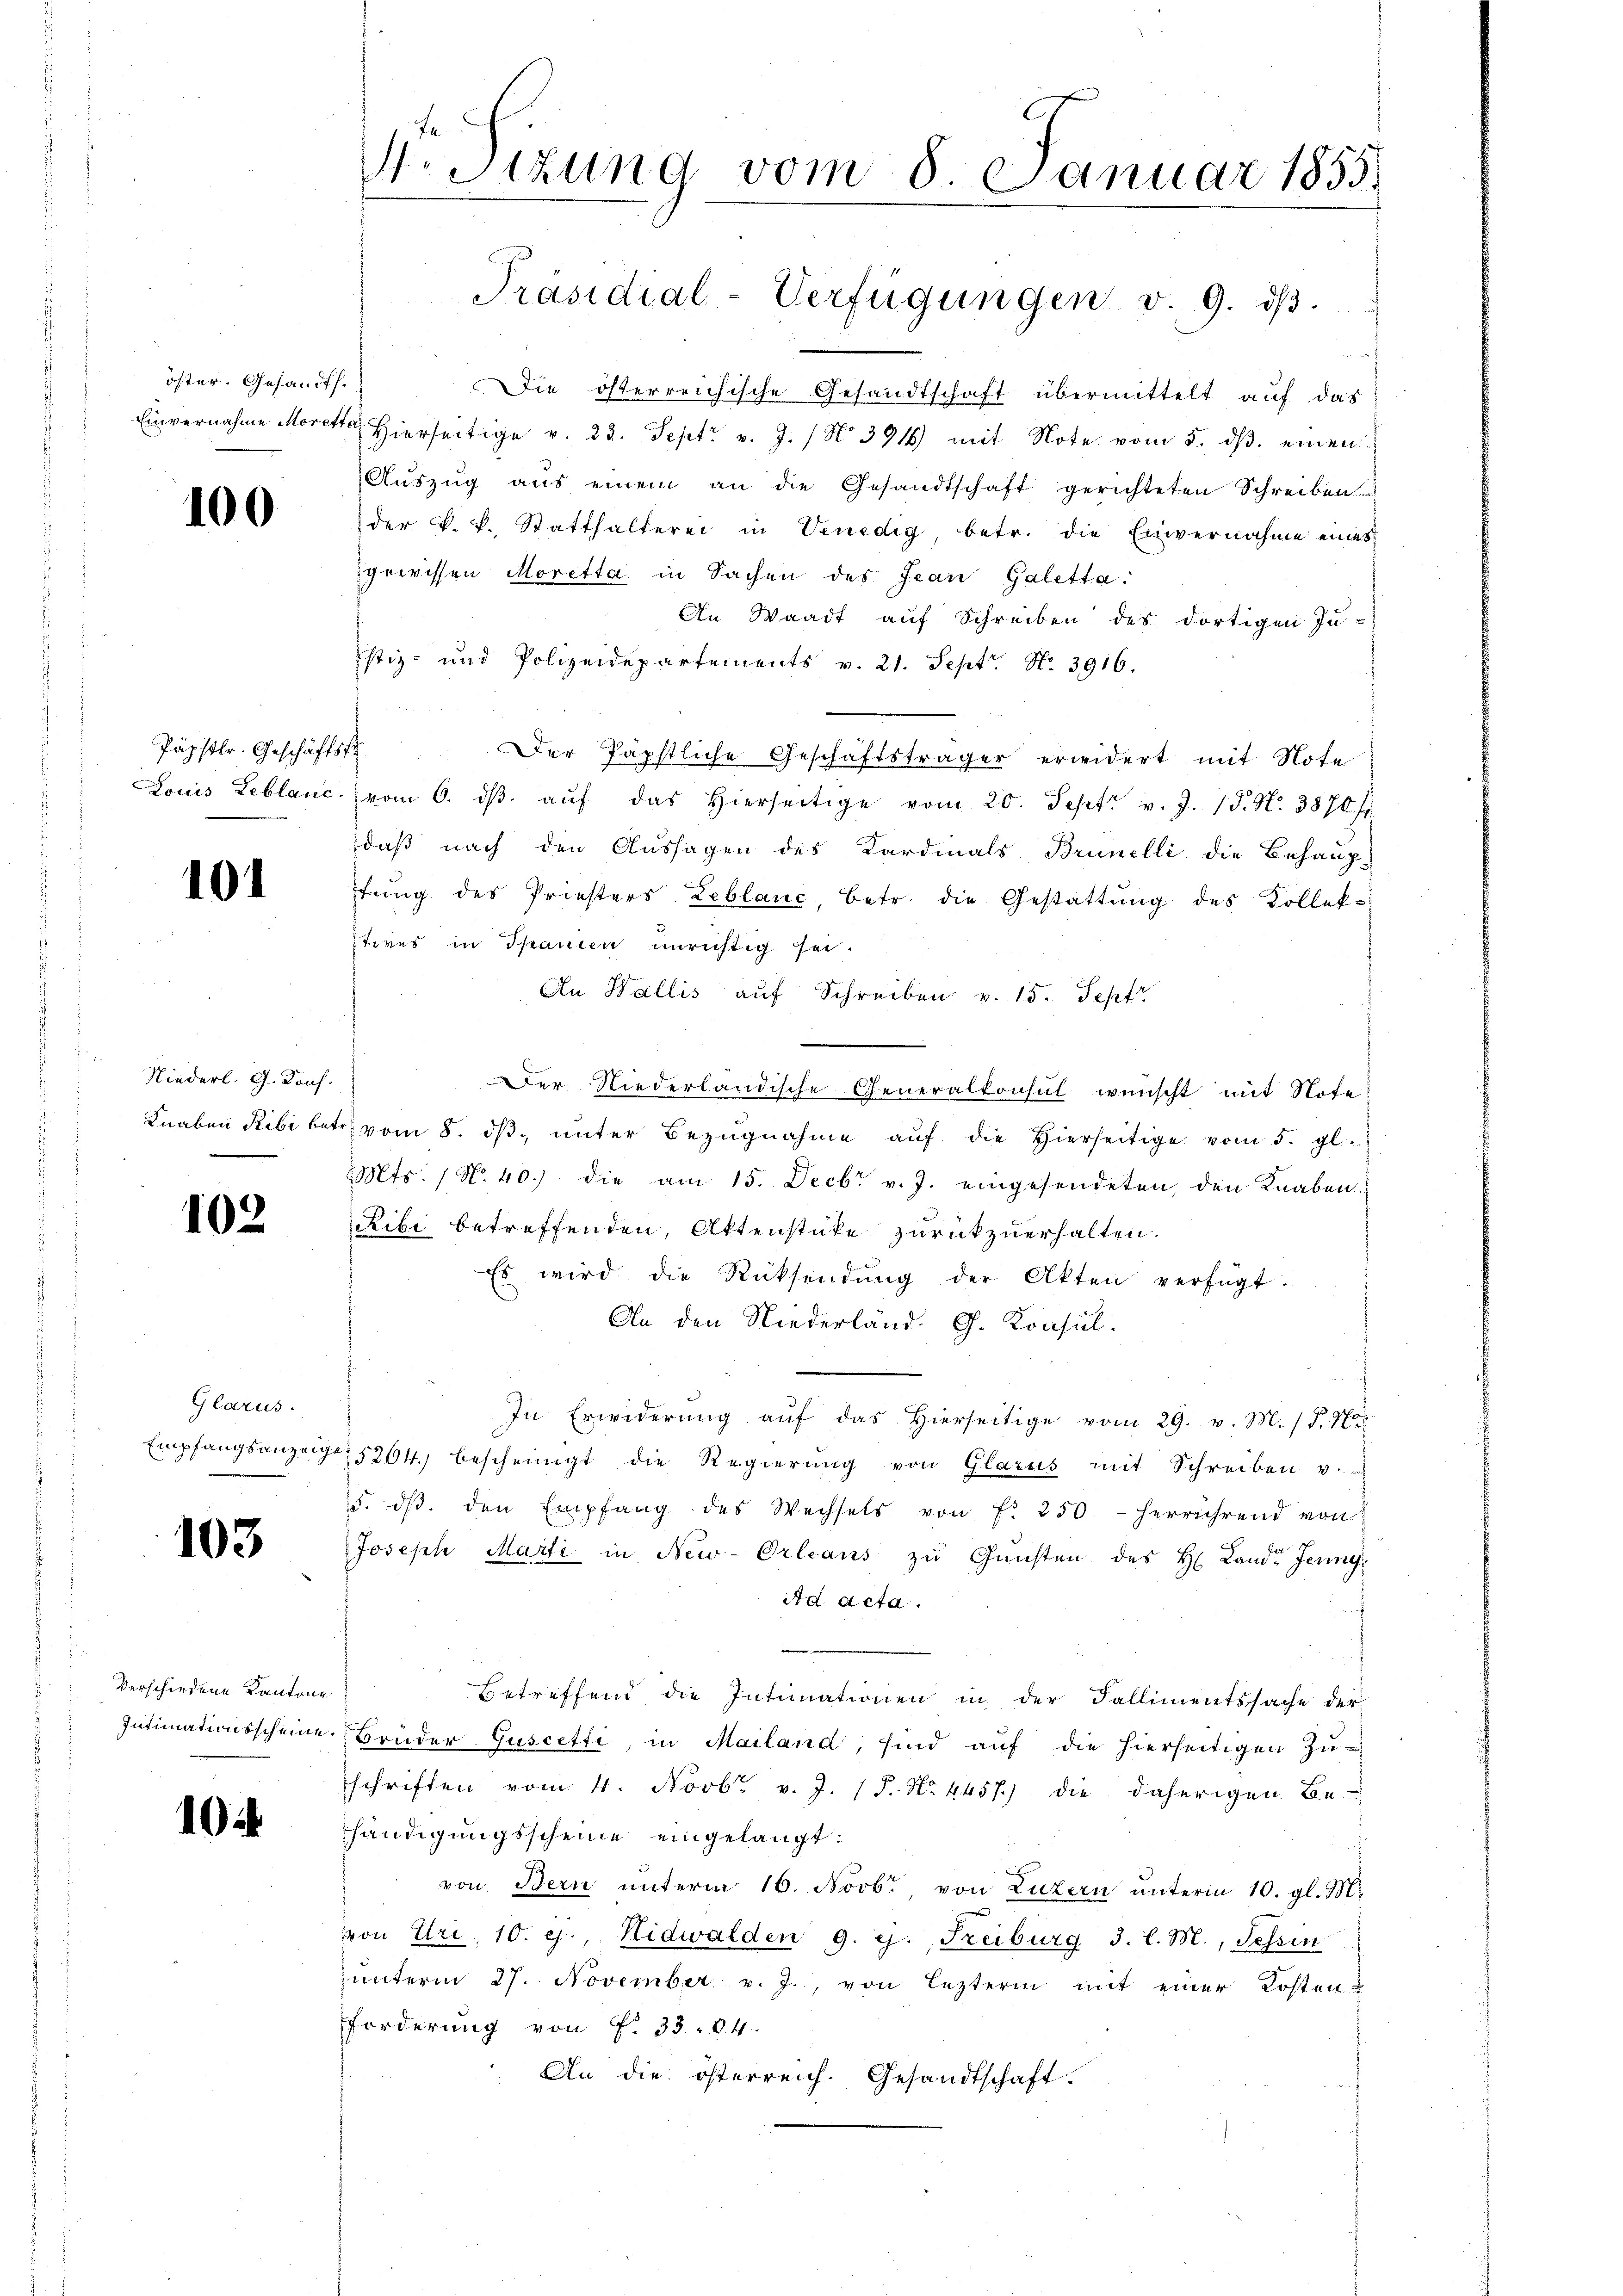
öster. Gesandts.

100

101

Niederl. G. Konf.

102

Glarus.

103

Verschiedene Kantone

10

Sizung vom 8. Januar 1855.

Die österreichische Gesandtschaft übermittelt auf das
Einvernahme Moretta hierseitige v. 23. Sept. v. J. / No. 3716) mit Note vom 5. dβ einen
Aŭszŭg aŭs einem an die Gesandtschaft gerichteten Schreiben
der k. k. Statthalterei in Venedig, betr. die Einvernahme eines
gewissen Moretta in Sachen des Jean Galetta¬
An Waadt auf Schreiben des dortigen Ju-
stiz- und Polizeidepartements v. 21. Sept. N. 3916.
Päpstlr. Geschäfts Der Päpstliche Geschäftsträger erwidert mit Note
Louis Leblanc. vom 6. dβ aŭf das hierseitige vom 20. Sept. v. J. 15. N. 3870/
daß nach den Aussagen des Kardials Brunelli die Behauptŭng des Priesters Leblanc, betr. die Gestattŭng des Kollek-
tives in Spanien unrichtig sei.
An Wallis auf Schreiben v. 15. Sept
Der Niederländische Generalkonsul wünscht mit Note
Knaben Ribi betr. vom 8. dβ ŭnter Bezŭgnahme aŭf die hierseitige vom 5. gl.
Mts. / No. 40.) die am 15. Decbr. v. J. eingesendeten, den Knaben.
Ribi betreffenden, Aktenstüke zurückzuerhalten.
Es wird die Rücksendung der Akten verfügt:
An den Niederland. G. Konsul
In Erwiderung aŭf das hierseitige vom 29. v. M. /. Ho
Empfangsanzeigen 5264. bescheinigt die Regierŭng von Glarus mit Schreiben v.
15. dβ. den Empfang des Wechsels von f. 250 herrührend von
Joseph Marti in New-Orleans zu Gunsten des H. Lande Jenny,
Ad Acta.
Betreffend die Intimationen in der Fallimentssache der
Intimationsscheine Brüder Guscetti, in Mailand, sind aŭf die hierseitigen Zŭ-
schriften vom 4. Novbr. v. J. 17. No. 4457) die daherigen Be-
händigungsscheine eingelangt:
von Bern unterm 16. Novbr. von Luzern unterm 10. gl. M.
von Uri, 10. ej., Nidwalden 9. ej. Freiburg 3. l. M., Tessin
unterm 27. November v. J., von lezterm mit einer Kosten
Forderung von f. 33. 84.
An die österreich. Gesandtschaft.

Präsidial-Verfügungen v. 9. dβ.